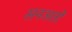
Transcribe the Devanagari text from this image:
सनअतों